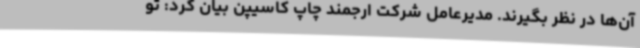
آن‌ها در نظر بگیرند. مدیرعامل شرکت ارجمند چاپ کاسیپن بیان کرد: تو